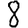
Digit: 8